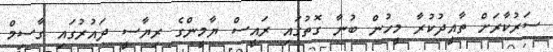
ސަރުކާރަށް ތާއީދުކުރާ މީހުން ބުނާ ގޮތުގައި ރައީސް ޔާމީންގެ ރިޔާސީ ދައުރުގައި ގާސިމް